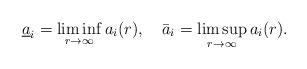
LaTeX: \begin{align*}\underline{a}_i=\liminf_{r\to\infty}{a_i(r)},\ \ \ \bar{a}_i=\limsup_{r\to\infty}{a_i(r)}.\end{align*}